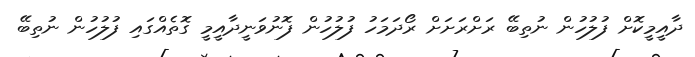
ދާއީމީކޮށް ފުލުހުން ނުތިބޭ ރަށްރަށަށް ރޯދަމަހު ފުލުހުން ފޮނުވަނީދާއީމީ ގޮތެއްގައި ފުލުހުން ނުތިބޭ